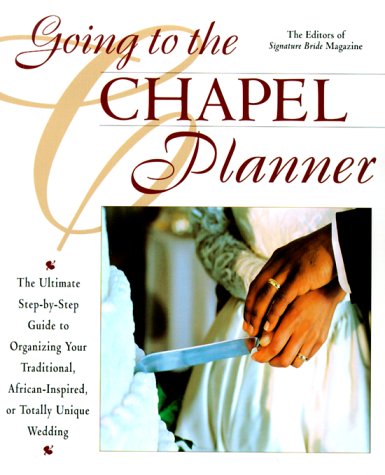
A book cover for Going to the Chapel Planner; Signature Bride editors; Crafts, Hobbies & Home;